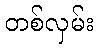
တစ်လှမ်း